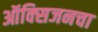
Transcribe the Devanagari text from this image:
ऑक्‍सिजनचा